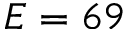
E = 6 9